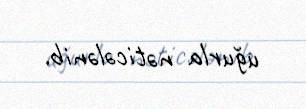
uğurla nəticələnib.